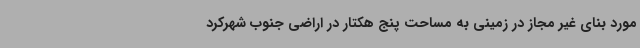
مورد بنای غیر مجاز در زمینی به مساحت پنج هکتار در اراضی جنوب شهرکرد